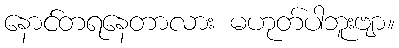
နောင်တရနေတာလား မဟုတ်ပါဘူးဗျာ။